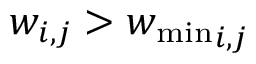
w _ { i , j } > { w _ { \mathrm { m i n } } } _ { i , j }